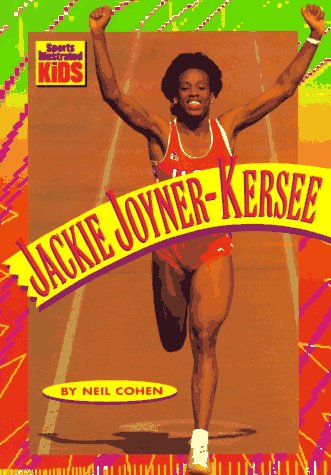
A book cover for Jackie Joyner-Kersee (BookFestival); Neil Cohen; Children's Books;